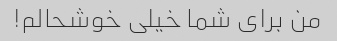
من برای شما خیلی خوشحالم!